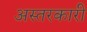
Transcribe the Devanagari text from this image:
अस्तरकारी